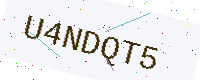
Text: U4NDQT5